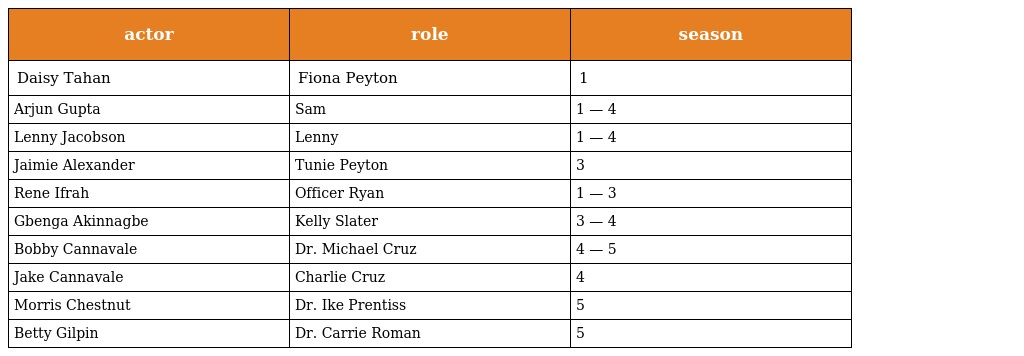
| actor | role | season |
 | --- | --- | --- |
 | Daisy Tahan | Fiona Peyton | 1 |
 | Arjun Gupta | Sam | 1 — 4 |
 | Lenny Jacobson | Lenny | 1 — 4 |
 | Jaimie Alexander | Tunie Peyton | 3 |
 | Rene Ifrah | Officer Ryan | 1 — 3 |
 | Gbenga Akinnagbe | Kelly Slater | 3 — 4 |
 | Bobby Cannavale | Dr. Michael Cruz | 4 — 5 |
 | Jake Cannavale | Charlie Cruz | 4 |
 | Morris Chestnut | Dr. Ike Prentiss | 5 |
 | Betty Gilpin | Dr. Carrie Roman | 5 |